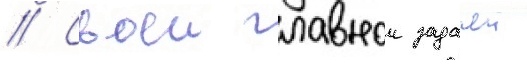
// Своеи главнои задачеи